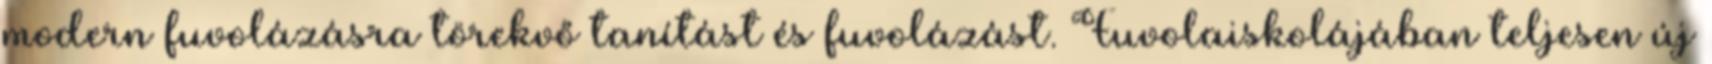
modern fuvolázásra törekvő tanítást és fuvolázást. Fuvolaiskolájában teljesen új